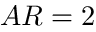
A R = 2